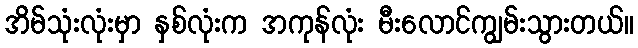
အိမ်သုံးလုံးမှာ နှစ်လုံးက အကုန်လုံး မီးလောင်ကျွမ်းသွားတယ်။